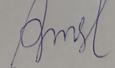
Signature authenticity: forged